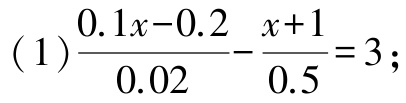
(1)$\frac{0.1x - 0.2}{0.02}-\frac{x + 1}{0.5}=3$;